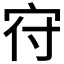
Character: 𡧛